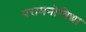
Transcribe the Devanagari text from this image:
परामनोविद्या